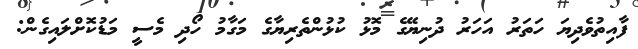
ފާއިތުވެދިޔަ ހަތަރު އަހަރު ދުނިޔޭގެ މޮޅު ކުޅުންތެރިޔާގެ މަގާމު ހޯދި މެސީ މަޑުކޮށްލައިގެން: